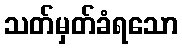
သတ်မှတ်ခံရသော